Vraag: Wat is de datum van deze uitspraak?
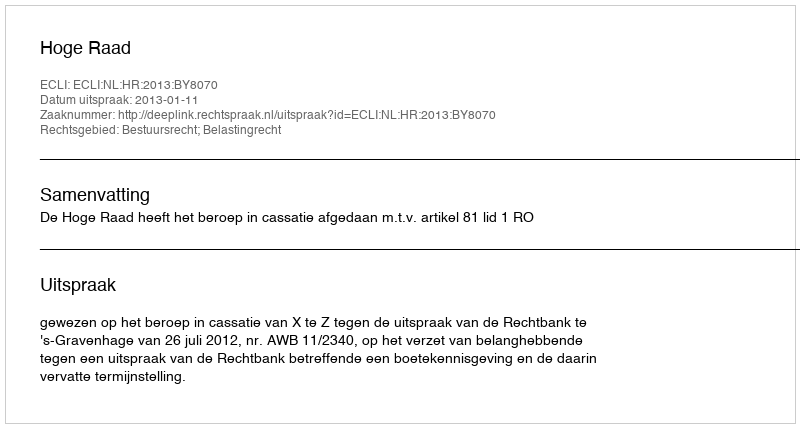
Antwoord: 2013-01-11